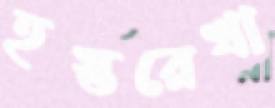
হস্তরেখা